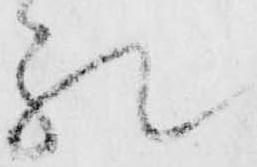
礼